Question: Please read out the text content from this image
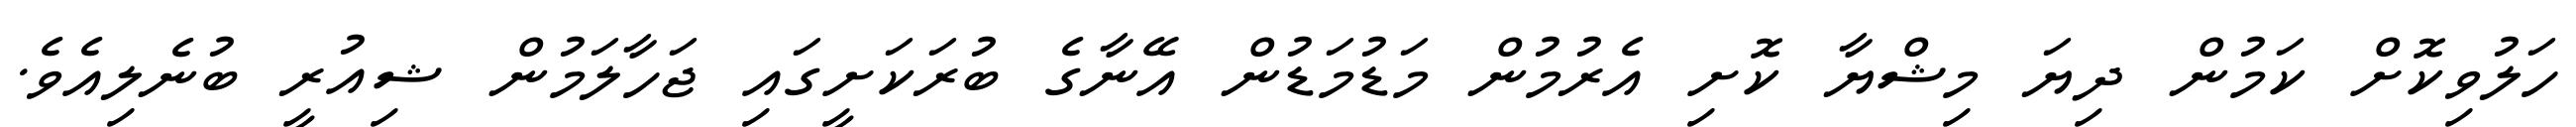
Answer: ހަލުވިކޮށް ކަމުން ދިޔަ މިޝްޔާ ކޮށި އެރުމުން މަޑުމަޑުން އޭނާގެ ބުރަކަށީގައި ޖަހާލަމުން ޝިއުރީ ބުނެލިއެވެ.